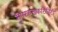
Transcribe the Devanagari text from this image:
सुपरकन्डकटिविटी